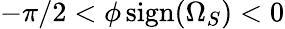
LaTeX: -\pi/2<\phi\, \mathrm{sign}(\Omega_{S})<0